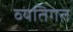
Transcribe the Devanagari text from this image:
व्‍यतिगत